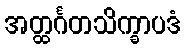
အတ္ထင်္ဂတသိက္ခာပဒံ